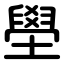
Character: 壆